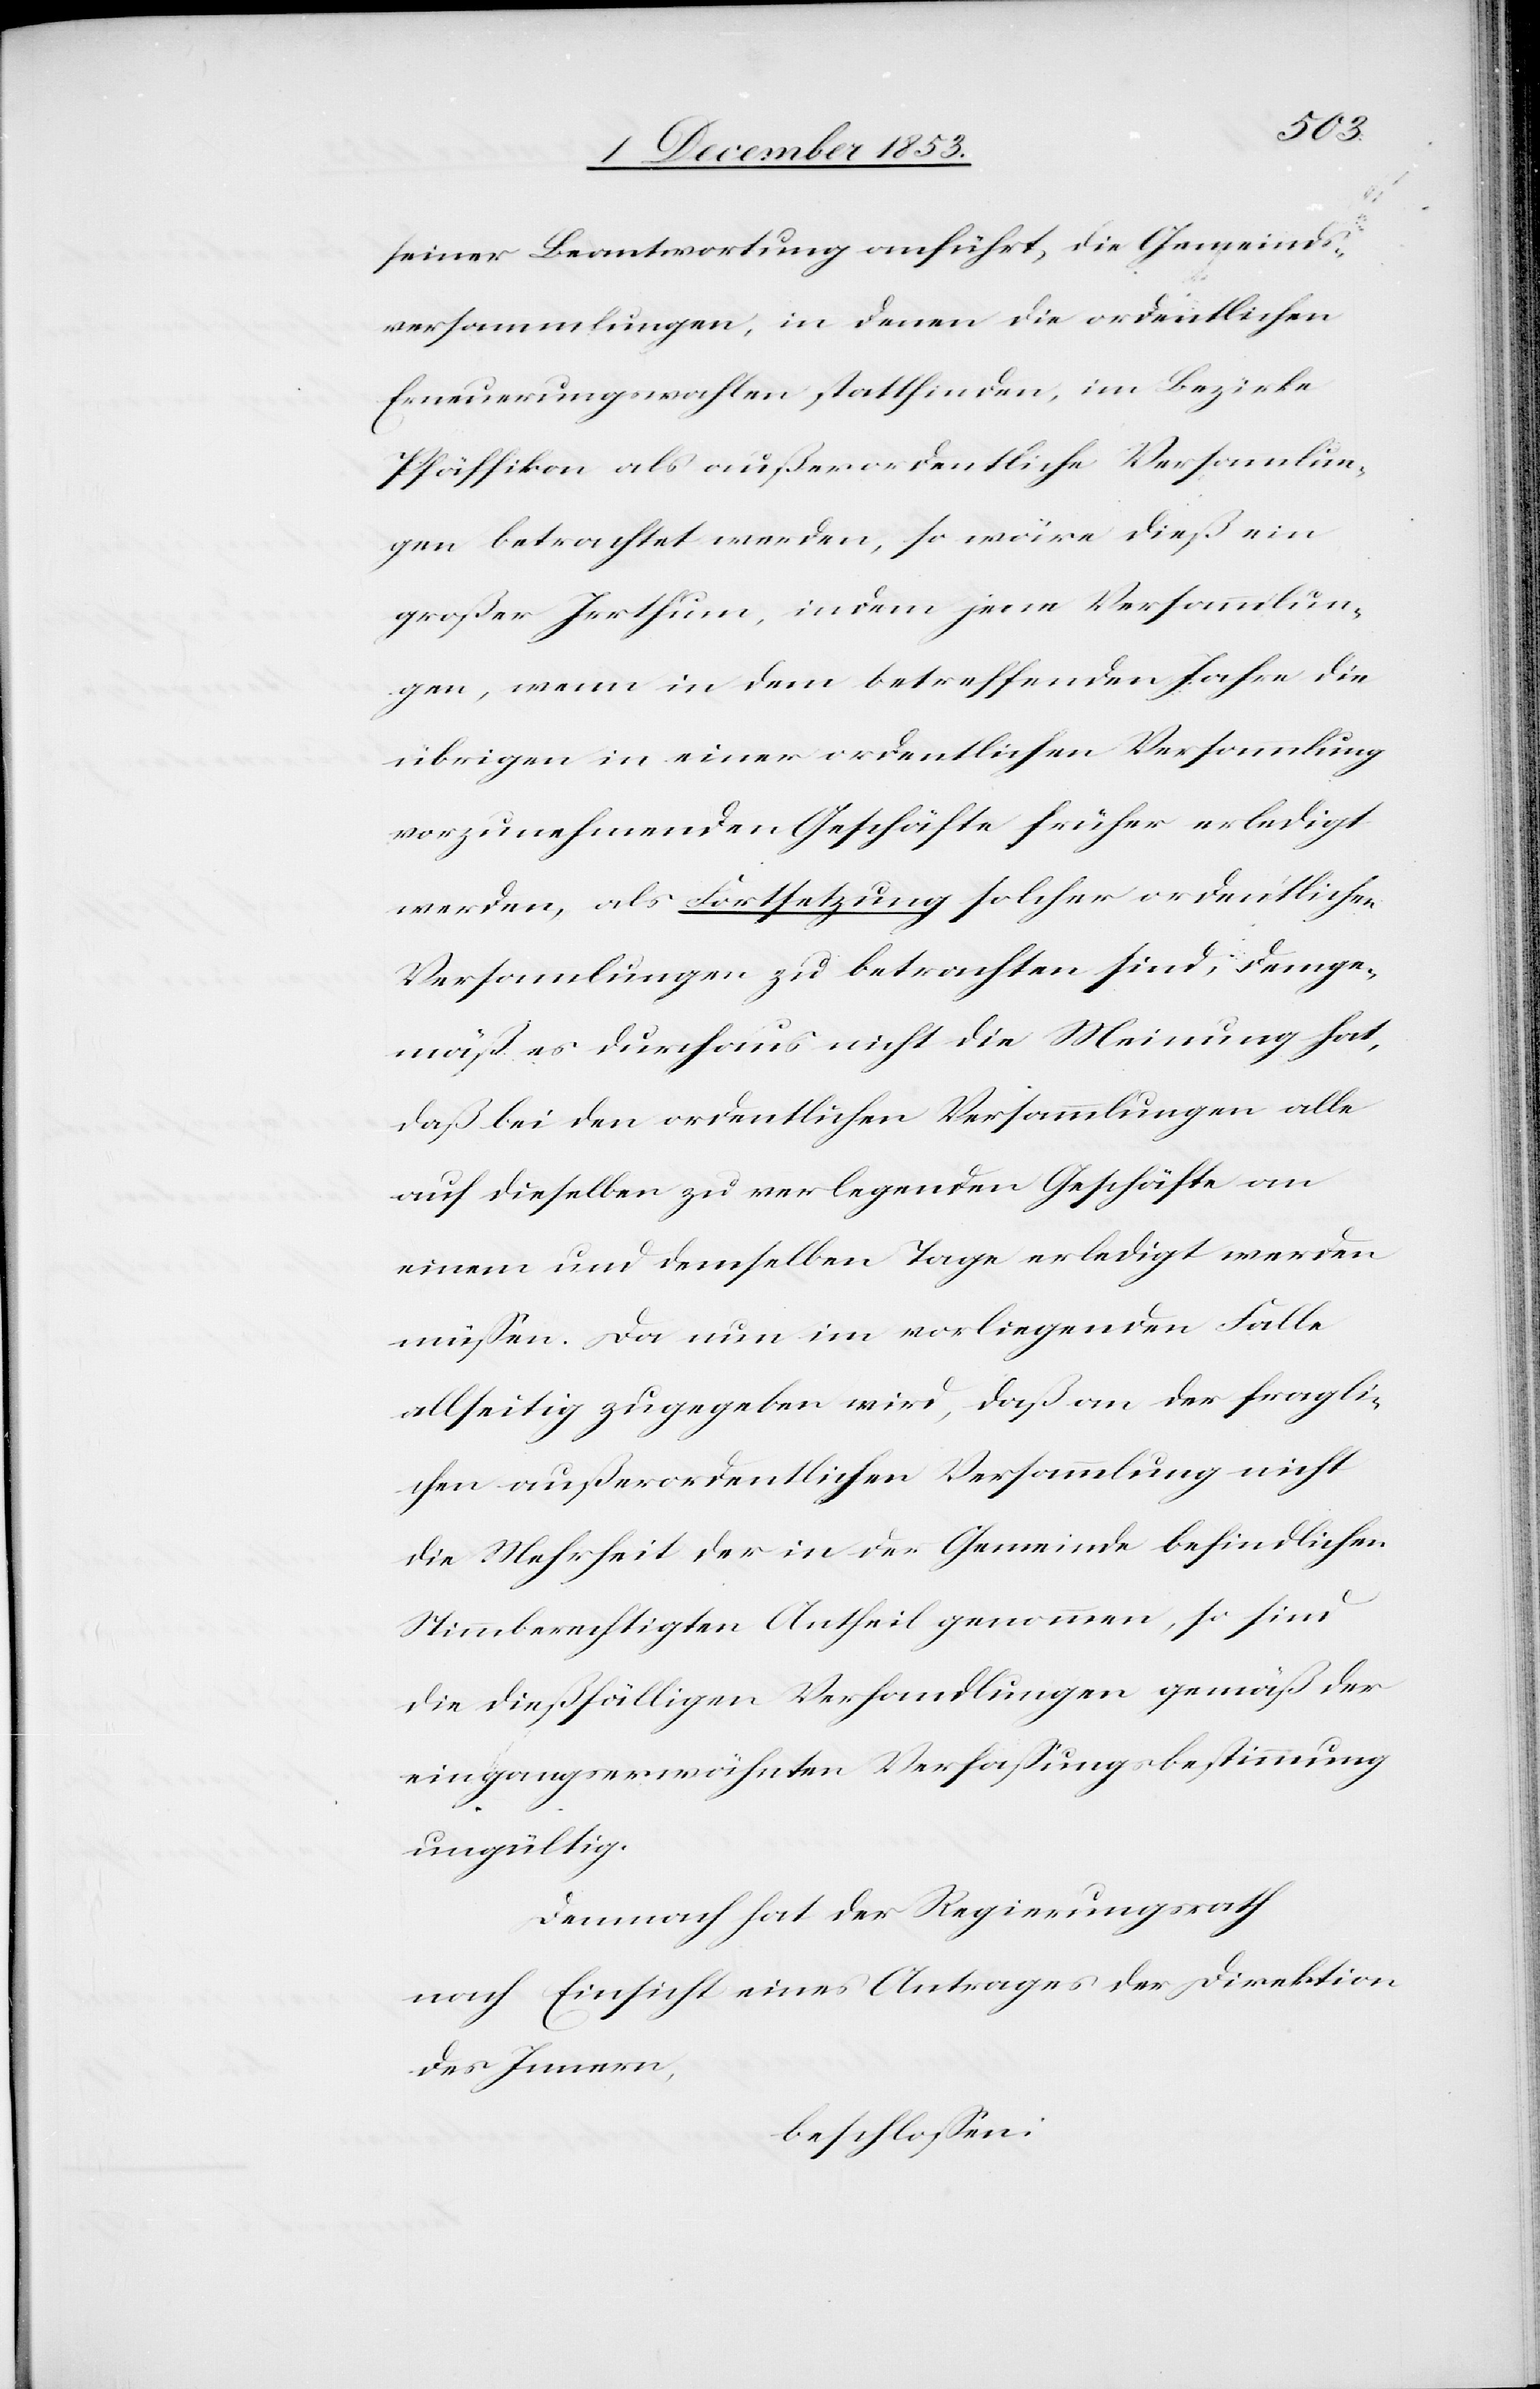
seiner Beantwortung anführt, die Gemeinds¬
versammlungen, in denen die ordentlichen
Erneuerungswahlen stattfinden, im Bezirke
Pfäffikon als außerordentliche Versammlun¬
gen betrachtet werden, so wäre dieß ein
großer Irrthum, indem jene Verhandlun¬
gen, wenn in dem betreffenden Jahre die
übrigen in einer ordentlichen Versammlung
vorzunehmenden Geschäfte früher erledigt
werden, als Fortsetzung solcher ordentlichen
Versammlungen zu betrachten sind, demge¬
mäß es durchaus nicht die Meinung hat,
daß bei den ordentlichen Versammlungen alle
auf dieselben zu verlegenden Geschäfte an
einem und demselben Tage erledigt werden
müßen. Da nun im vorliegenden Falle
allseitig zugegeben wird, daß an der fragli¬
chen außerordentlichen Versammlung nicht
die Mehrheit der in der Gemeinde befindlichen
Stimmberechtigten Antheil genommen, so sind
die dießfälligen Verhandlungen gemäß der
eingangserwähnten Verfaßungsbestimmung
ungültig.
Demnach hat der Regierungsrath
nach Einsicht eines Antrages der Direktion
des Innern,
beschloßen: